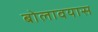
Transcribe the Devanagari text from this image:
बोलावयास